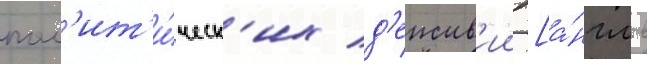
пол'ит'и́ческ'их д'еиств'ии [а́нгл. в